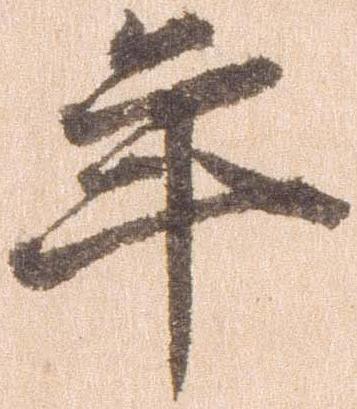
年